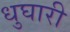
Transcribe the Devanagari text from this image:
धुघारी